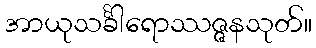
အာယုသင်္ခါရောဿဇ္ဇနသုတ်။